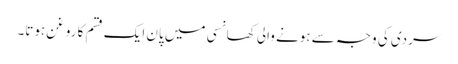
سردی کی وجہ سے ہونے والی کھانسی میں پان ایک قسم کا روغن ہوتا۔